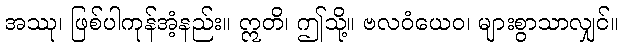
အဿု၊ ဖြစ်ပါကုန်အံ့နည်း။ ဣတိ၊ ဤသို့။ ဗလဝံယေဝ၊ များစွာသာလျှင်။